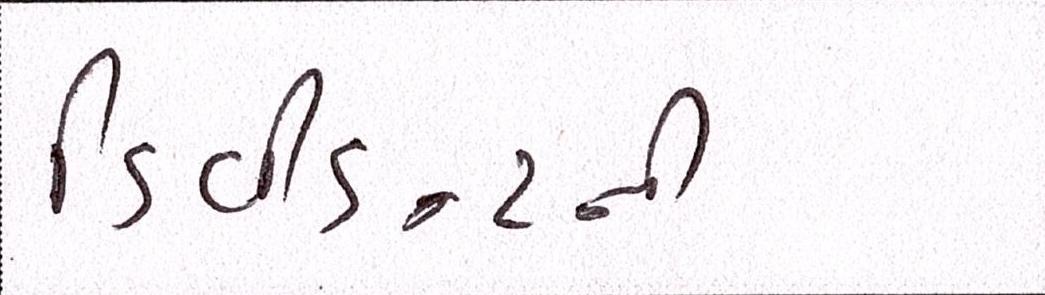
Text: ડિવીડન્ટની